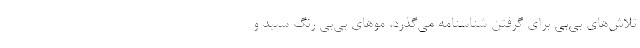
تلاش‌هاي بي‌بي براي گرفتن شناسنامه مي‌گذرد، موهاي بي‌بي رنگ سپيد و